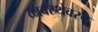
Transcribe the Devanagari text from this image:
व्यवस्थेवरच